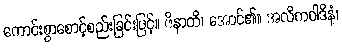
ကောင်းစွာစောင့်စည်းခြင်းဖြင့်။ ဇိနာတိ၊ အောင်၏။ အလိကဝါဒိနံ၊